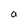
Character: a